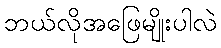
ဘယ်လိုအဖြေမျိုးပါလဲ